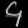
Digit: ၄